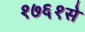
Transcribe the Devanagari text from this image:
१७६१से